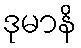
ဒုမာနိ